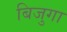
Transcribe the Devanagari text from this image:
बिजुगा